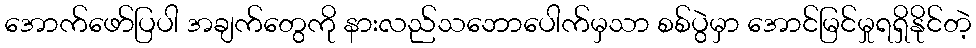
အောက်ဖော်ပြပါ အချက်တွေကို နားလည်သဘောပေါက်မှသာ စစ်ပွဲမှာ အောင်မြင်မှုရရှိနိုင်တဲ့